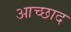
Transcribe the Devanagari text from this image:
आच्छाद